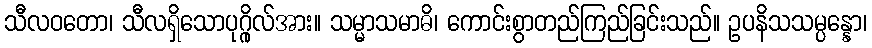
သီလဝတော၊ သီလရှိသောပုဂ္ဂိုလ်အား။ သမ္မာသမာဓိ၊ ကောင်းစွာတည်ကြည်ခြင်းသည်။ ဥပနိသသမ္ပန္နော၊